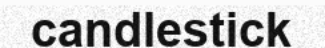
candlestick